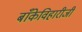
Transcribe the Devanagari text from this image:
बाँकेविहारीजी